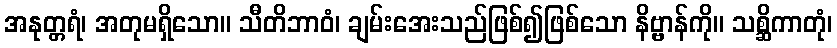
အနုတ္တရံ၊ အတုမရှိသော။ သီတိဘာဝံ၊ ချမ်းအေးသည်ဖြစ်၍ဖြစ်သော နိဗ္ဗာန်ကို။ သစ္ဆိကာတုံ၊